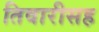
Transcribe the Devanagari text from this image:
तिवारीसह